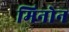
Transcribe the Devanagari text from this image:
मिनोन